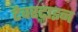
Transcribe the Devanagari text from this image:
टैवरटाइन